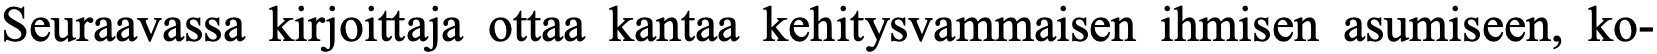
Seuraavassa kirjoittaja ottaa kantaa kehitysvammaisen ihmisen asumiseen, ko-